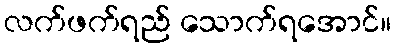
လက်ဖက်ရည် သောက်ရအောင်။